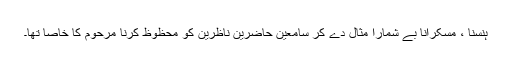
ہنسنا ، مسکرانا بے شمارا مثال دے کر سامعین حاضرین ناظرین کو محظوظ کرنا مرحوم کا خاصا تھا۔